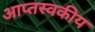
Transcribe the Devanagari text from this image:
आप्तस्वकीय